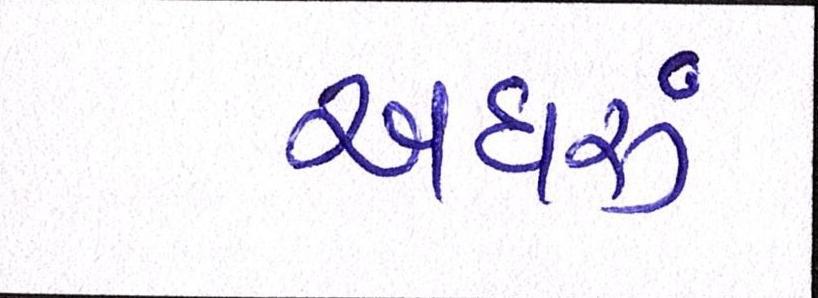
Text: અઘરું